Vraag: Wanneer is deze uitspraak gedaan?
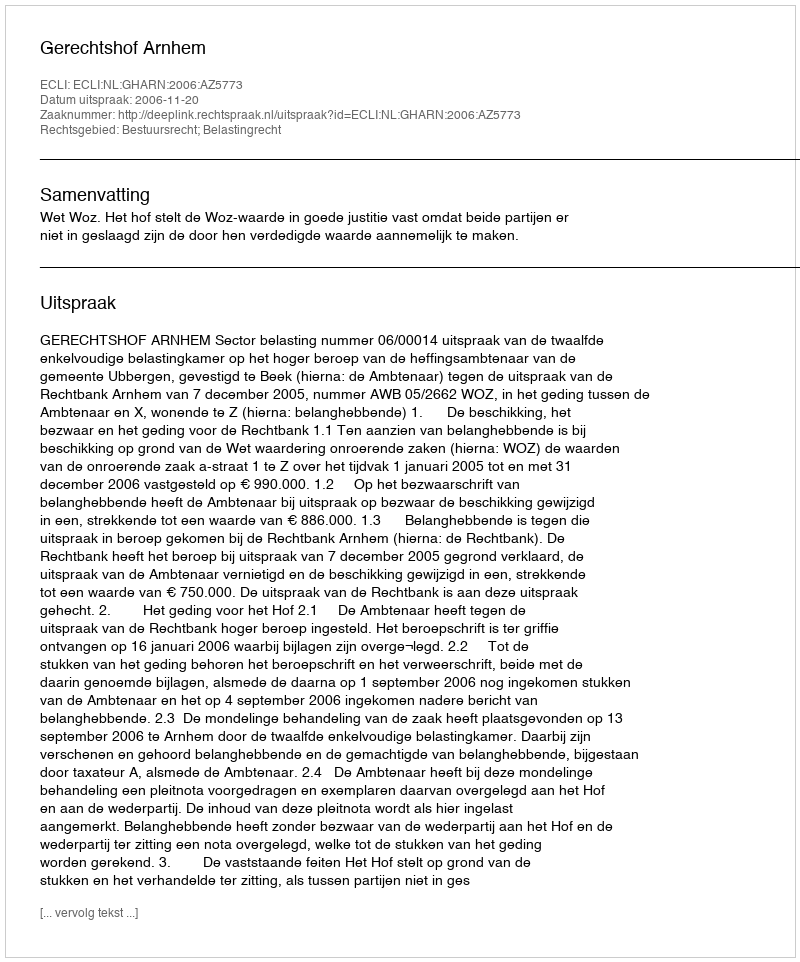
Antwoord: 2006-11-20